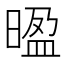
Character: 𭦻